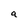
Character: a